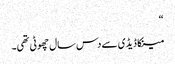
“
مینکا ڈیڈی سے دس سال چھوٹی تھی۔